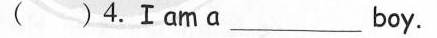
( )4.Ⅰam α ___boy.